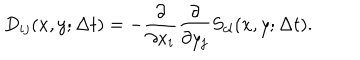
D _ { i j } ( x , y ; \Delta t ) = - \frac { \partial } { \partial x _ { i } } \frac { \partial } { \partial y _ { j } } S _ { c l } ( x , y ; \Delta t ) .